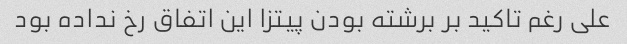
علی رغم تاکید بر برشته بودن پیتزا این اتفاق رخ نداده بود